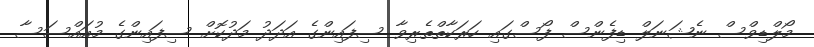
މޯލްޑިވްސް ނެޝަނަލް ޑިފެންސް ފޯސްގައި ހަރަކާތްތެރިވާ ސިފައިންގެ އަދަދު މަދުކޮށް ސިފައިންގެ މުއައްސަސާ